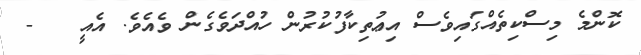
ކޮންމެ މިސްކިތެއްގައިވެސް އިޢުތިކާފުކުރުން ހުއްދަވެގެން ވެއެވެ. އެއީ   -